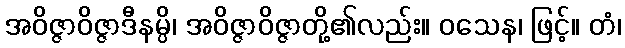
အဝိဇ္ဇာဝိဇ္ဇာဒီနမ္ပိ၊ အဝိဇ္ဇာဝိဇ္ဇာတို့၏လည်း။ ဝသေန၊ ဖြင့်။ တံ၊